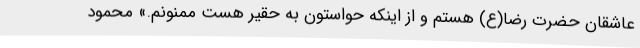
عاشقان حضرت رضا(ع) هستم و از اینکه حواستون به حقیر هست ممنونم.» محمود